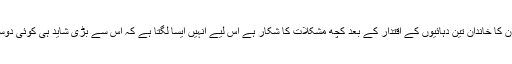
شہباز شریف اور ان کا خاندان تین دہائیوں کے اقتدار کے بعد کچھ مُشکلات کا شکار ہے اس لیے انہیں ایسا لگتا ہے کہ اس سے بڑی شاید ہی کوئی دوسری مُشکلات ہوں۔